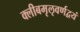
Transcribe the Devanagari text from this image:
क्लीबमृऌवर्णद्वयं